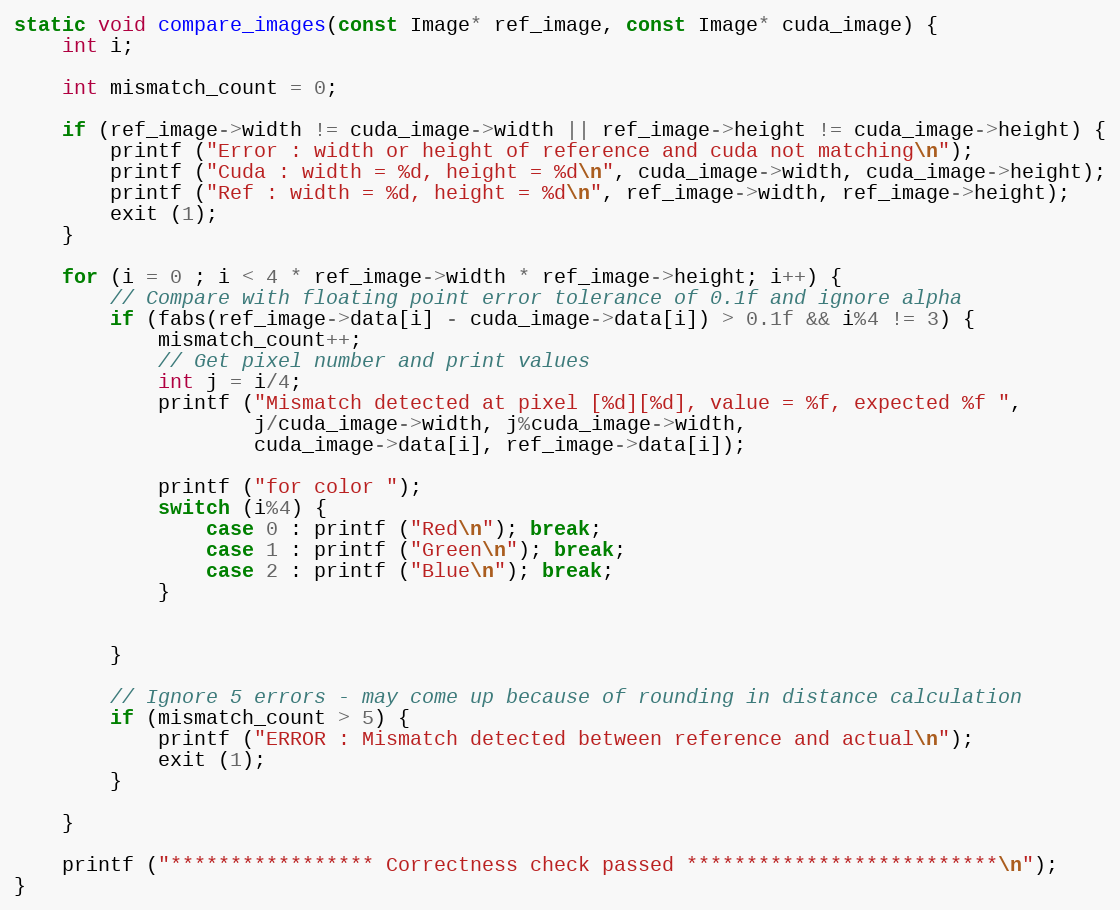
Language: C++
static void compare_images(const Image* ref_image, const Image* cuda_image) {
    int i;

    int mismatch_count = 0;

    if (ref_image->width != cuda_image->width || ref_image->height != cuda_image->height) {
        printf ("Error : width or height of reference and cuda not matching\n");
        printf ("Cuda : width = %d, height = %d\n", cuda_image->width, cuda_image->height);
        printf ("Ref : width = %d, height = %d\n", ref_image->width, ref_image->height);
        exit (1);
    }

    for (i = 0 ; i < 4 * ref_image->width * ref_image->height; i++) {
        // Compare with floating point error tolerance of 0.1f and ignore alpha
        if (fabs(ref_image->data[i] - cuda_image->data[i]) > 0.1f && i%4 != 3) {
            mismatch_count++;
            // Get pixel number and print values
            int j = i/4;
            printf ("Mismatch detected at pixel [%d][%d], value = %f, expected %f ",
                    j/cuda_image->width, j%cuda_image->width,
                    cuda_image->data[i], ref_image->data[i]);

            printf ("for color ");
            switch (i%4) {
                case 0 : printf ("Red\n"); break;
                case 1 : printf ("Green\n"); break;
                case 2 : printf ("Blue\n"); break;
            }

        }

        // Ignore 5 errors - may come up because of rounding in distance calculation
        if (mismatch_count > 5) {
            printf ("ERROR : Mismatch detected between reference and actual\n");
            exit (1);
        }

    }

    printf ("***************** Correctness check passed **************************\n");
}